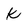
Character: k